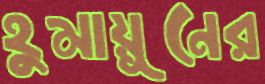
হুমায়ূনের